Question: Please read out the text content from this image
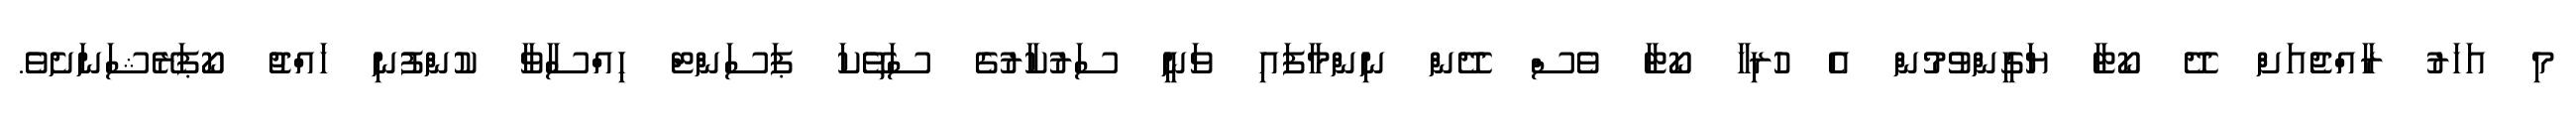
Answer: މި އަހަރު ރާއްޖެއަށް ދޭ ކޯޓާ ޔަގީންވުމުން އެ ހުރިހާ ކޯޓާ ވެސް ދޭން ނިންމާފައި ވަނީ ސަރުކާރުގެ ސަތޭކަ ޕަސަންޓް ހިއްސާވާ ކުންފުނި ހައްޖު ކޯޕަރޭޝަނަށެވެ.